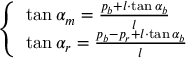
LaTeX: \left\{ \begin{array} { l l } { \tan \alpha _ { m } = { \frac { p _ { b } + l \cdot \tan \alpha _ { b } } { l } } } \\ { \tan \alpha _ { r } = { \frac { p _ { b } - p _ { r } + l \cdot \tan \alpha _ { b } } { l } } } \end{array} \right.